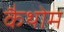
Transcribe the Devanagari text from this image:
कैथोम